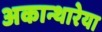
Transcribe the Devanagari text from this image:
अकान्थारेया